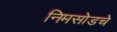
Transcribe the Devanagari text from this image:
निमसोडचे